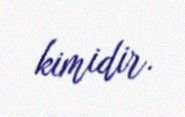
kimidir.